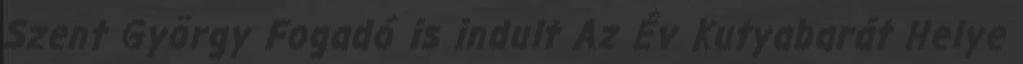
Szent György Fogadó is indult Az Év Kutyabarát Helye